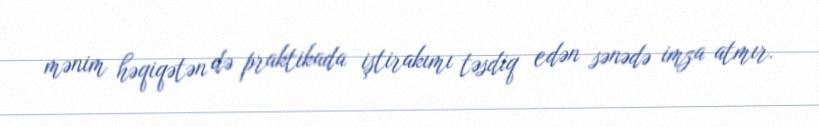
mənim həqiqətən də praktikada iştirakımı təsdiq edən sənədə imza atmır.